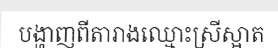
បង្ហាញពីតារាងឈ្មោះស្រីស្អាត